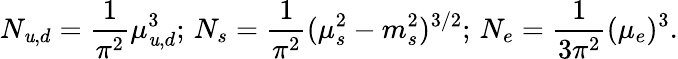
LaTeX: N_{\mathit{u},d}=\frac{{1}}{{\pi^{2}}}\mu_{\mathit{u},d}^{3};\, N_{s}=\frac{{1}}{{\pi^{2}}}(\mu_{s}^{2}-m_{s}^{2})^{3/2};\, N_{e}=\frac{{1}}{{3\pi^{2}}}(\mu_{e})^{3}.